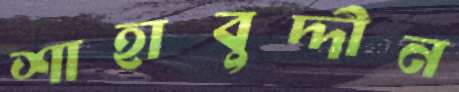
শাহাবুদ্দীন